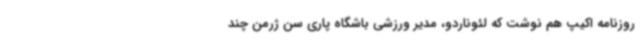
روزنامه اکیپ هم نوشت که لئوناردو، مدیر ورزشی باشگاه پاری سن ژرمن چند